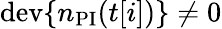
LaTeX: \mathrm{dev}\{ n_{\mathrm{PI}}(t[i])\} \ne 0